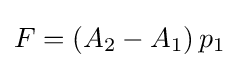
F=(A_{2}-A_{1})\,p_{1}